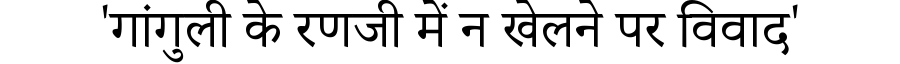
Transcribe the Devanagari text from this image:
'गांगुली के रणजी में न खेलने पर विवाद'